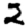
Digit: 2